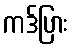
ကဒ်ပြား